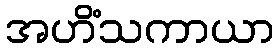
အဟိံသကာယာ